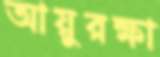
আয়ুরক্ষা